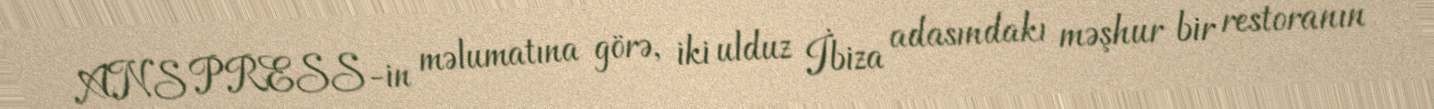
ANS PRESS-in məlumatına görə, iki ulduz İbiza adasındakı məşhur bir restoranın